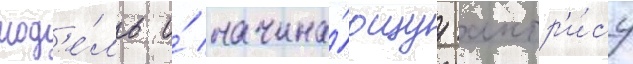
мод'е́ль и́ начина́ющуу актр'и́су